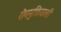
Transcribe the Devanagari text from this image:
रोगमुक्तिवाली